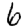
Digit: 6